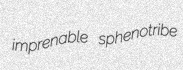
imprenable sphenotribe